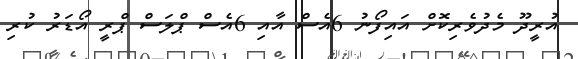
އުރީދޫ މެދުވެރިކޮށް އައިފޯނު 6އެސް އާއި 6އެސް ޕްލަސް ޕްރީ އޯޑަރު ކުރި